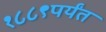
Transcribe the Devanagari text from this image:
१८८९पर्यंत